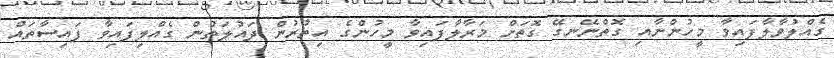
ގެއްލުވާލާފައިވާ މީހުންނާއި ގޮތްނޭނގޭ ގޮތަށް މަރާލާފައިވާ މީހުންގެ އިތުރުން ދައުލަތުން ގެއްލިފައިވާ ފައިސާތައް